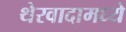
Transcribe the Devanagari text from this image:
थेरवादामध्ये